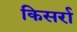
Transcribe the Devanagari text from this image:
किसर्रा